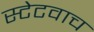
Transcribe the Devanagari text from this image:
स्टेटवाच